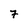
Character: 7